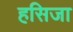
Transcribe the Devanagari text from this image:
हसिजा